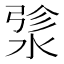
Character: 𬈄